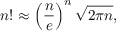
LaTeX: n ! \approx \left( { \frac { n } { e } } \right) ^ { n } { \sqrt { 2 \pi n } } ,